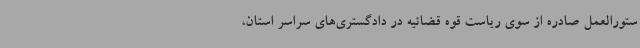
ستورالعمل صادره از سوی ریاست قوه قضائیه در دادگستری‌های سراسر استان،